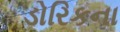
ડોરિકના